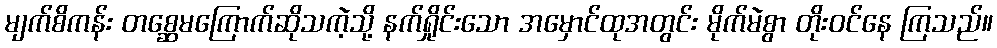
မျက်စိကန်း တစ္ဆေမကြောက်ဆိုသကဲ့သို့ နက်ရှိုင်းသော အမှောင်ထုအတွင်း မိုက်မဲစွာ တိုးဝင်နေ ကြသည်။